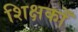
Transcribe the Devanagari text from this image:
शिक्षकोँ